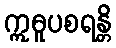
ဣဓူပစရန္တိ